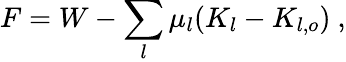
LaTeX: F=W-\sum_{l}\mu_{l}(K_{l}-K_{l,o})\ ,